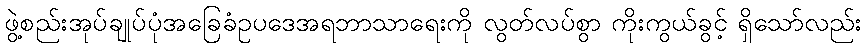
ဖွဲ့စည်းအုပ်ချုပ်ပုံအခြေခံဥပဒေအရဘာသာရေးကို လွတ်လပ်စွာ ကိုးကွယ်ခွင့် ရှိသော်လည်း